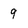
Character: 9